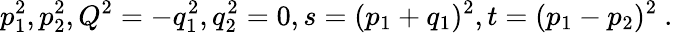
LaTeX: p_{1}^{2},p_{2}^{2},Q^{2}=-q_{1}^{2},q_{2}^{2}=0,s=(p_{1}+q_{1})^{2},t=(p_{1}-p_{2})^{2}\ .